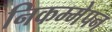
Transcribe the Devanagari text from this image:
निकम्मेपन